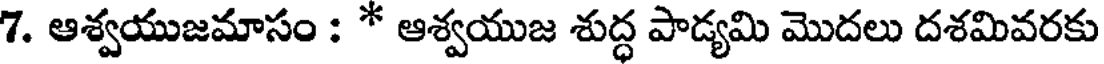
7. ఆశ్వయుజమాసం : * ఆశ్వయుజ శుద్ధ పాడ్యమి మొదలు దశమివరకు